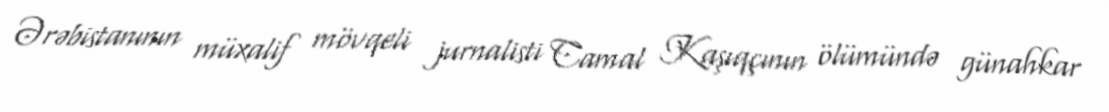
Ərəbistanının müxalif mövqeli jurnalisti Camal Kaşıqçının ölümündə günahkar